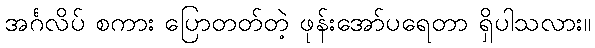
အင်္ဂလိပ် စကား ပြောတတ်တဲ့ ဖုန်းအော်ပရေတာ ရှိပါသလား။